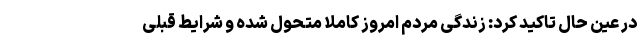
در عین حال تاکید کرد:‌ زندگی مردم امروز کاملا متحول شده و شرایط قبلی